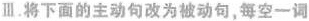
Ⅲ.将下面的主动句改为被动句,每空一词